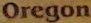
Oregon